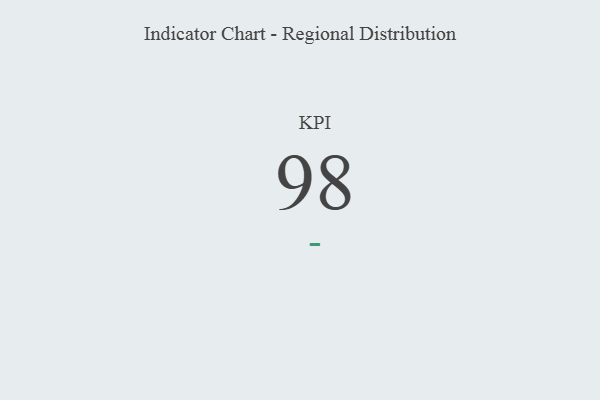
{"axis": {"x": "KPI", "y": "Value"}, "legend": [""], "data": [{"x": "KPI", "y": 98, "type": ""}]}